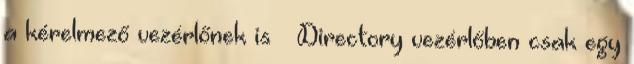
a kérelmező vezérlőnek is – Directory vezérlőben csak egy